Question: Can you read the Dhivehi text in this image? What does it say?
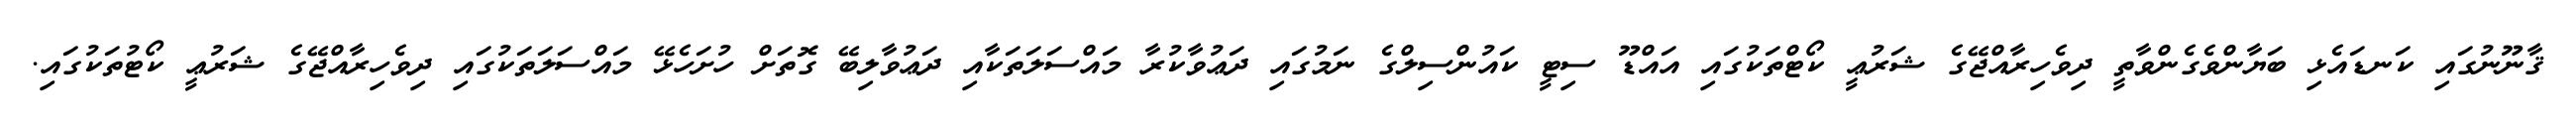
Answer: ޤާނޫނުގައި ކަނޑައެޅި ބަޔާންވެގެންވާތީ ދިވެހިރާއްޖޭގެ ޝަރުޢީ ކޯޓްތަކުގައި އައްޑޫ ސިޓީ ކައުންސިލްގެ ނަމުގައި ދަޢުވާކުރާ މައްސަލަތަކާއި ދަޢުވާލިބޭ ގޮތަށް ހުށަހެޅޭ މައްސަލަތަކުގައި ދިވެހިރާއްޖޭގެ ޝަރުޢީ ކޯޓުތަކުގައި.